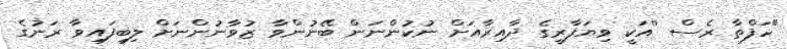
"ހަފްތާ ރެސް ''އަކީ ވިޔަފާރީގެ ދާއިރާއަށް ނުކުންނަން ބޭނުންވާ ޒުވާނުންނަށް ލިބިފައިވާ ރަނުގެ